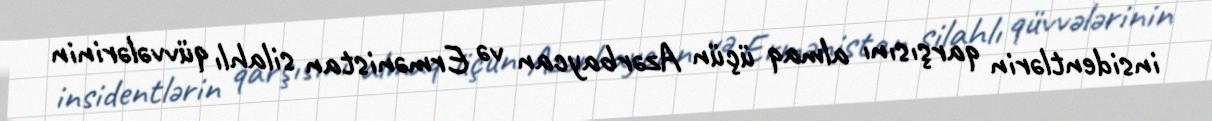
insidentlərin qarşısını almaq üçün Azərbaycan və Ermənistan silahlı qüvvələrinin